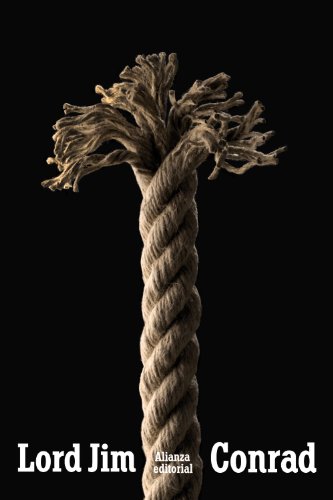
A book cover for Lord Jim (Spanish Edition); Joseph Conrad; Literature & Fiction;